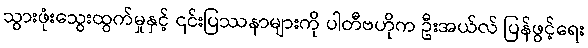
သွားဖုံးသွေးထွက်မှုနှင့် ၎င်းပြဿနာများကို ပါတီဗဟိုက ဦးအယ်လ် ပြန်ဖွင့်ရေး